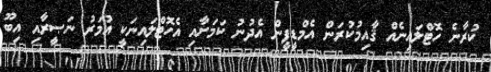
ކުރާނެ ހޮޓްލައިނެއް ޤާއިމުކުރަން އެމްޑީޕީން އެދުނު ކަމަށާއި އެހޮޓްލައިނަކީ އުމަރު ނަޞީީރާއި އިބޫ